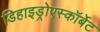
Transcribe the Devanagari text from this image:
डिहाइड्रोएस्कॉर्बेट